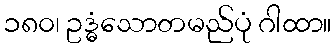
၁၈၀၊ ဥဒ္ဓံသောတမည်ပုံ ဂါထာ။